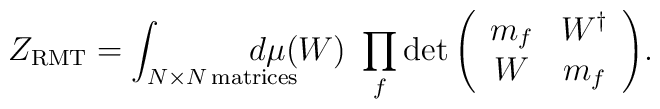
Z_{\rm RMT}=\int_{N\times N\,\mbox{\scriptsize matrices}}\!\!\!\!\!\!\!\!\!\!d\mu(W)\ \prod_f \det{\left(\begin{array}{cc}m_f  &  W^\dagger \\W & m_f\end{array}\right)} .